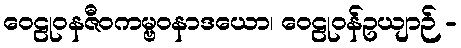
ဝေဠုဝနဇီဝကမ္ဗဝနာဒယော၊ ဝေဠုဝန်ဥယျာဉ် -